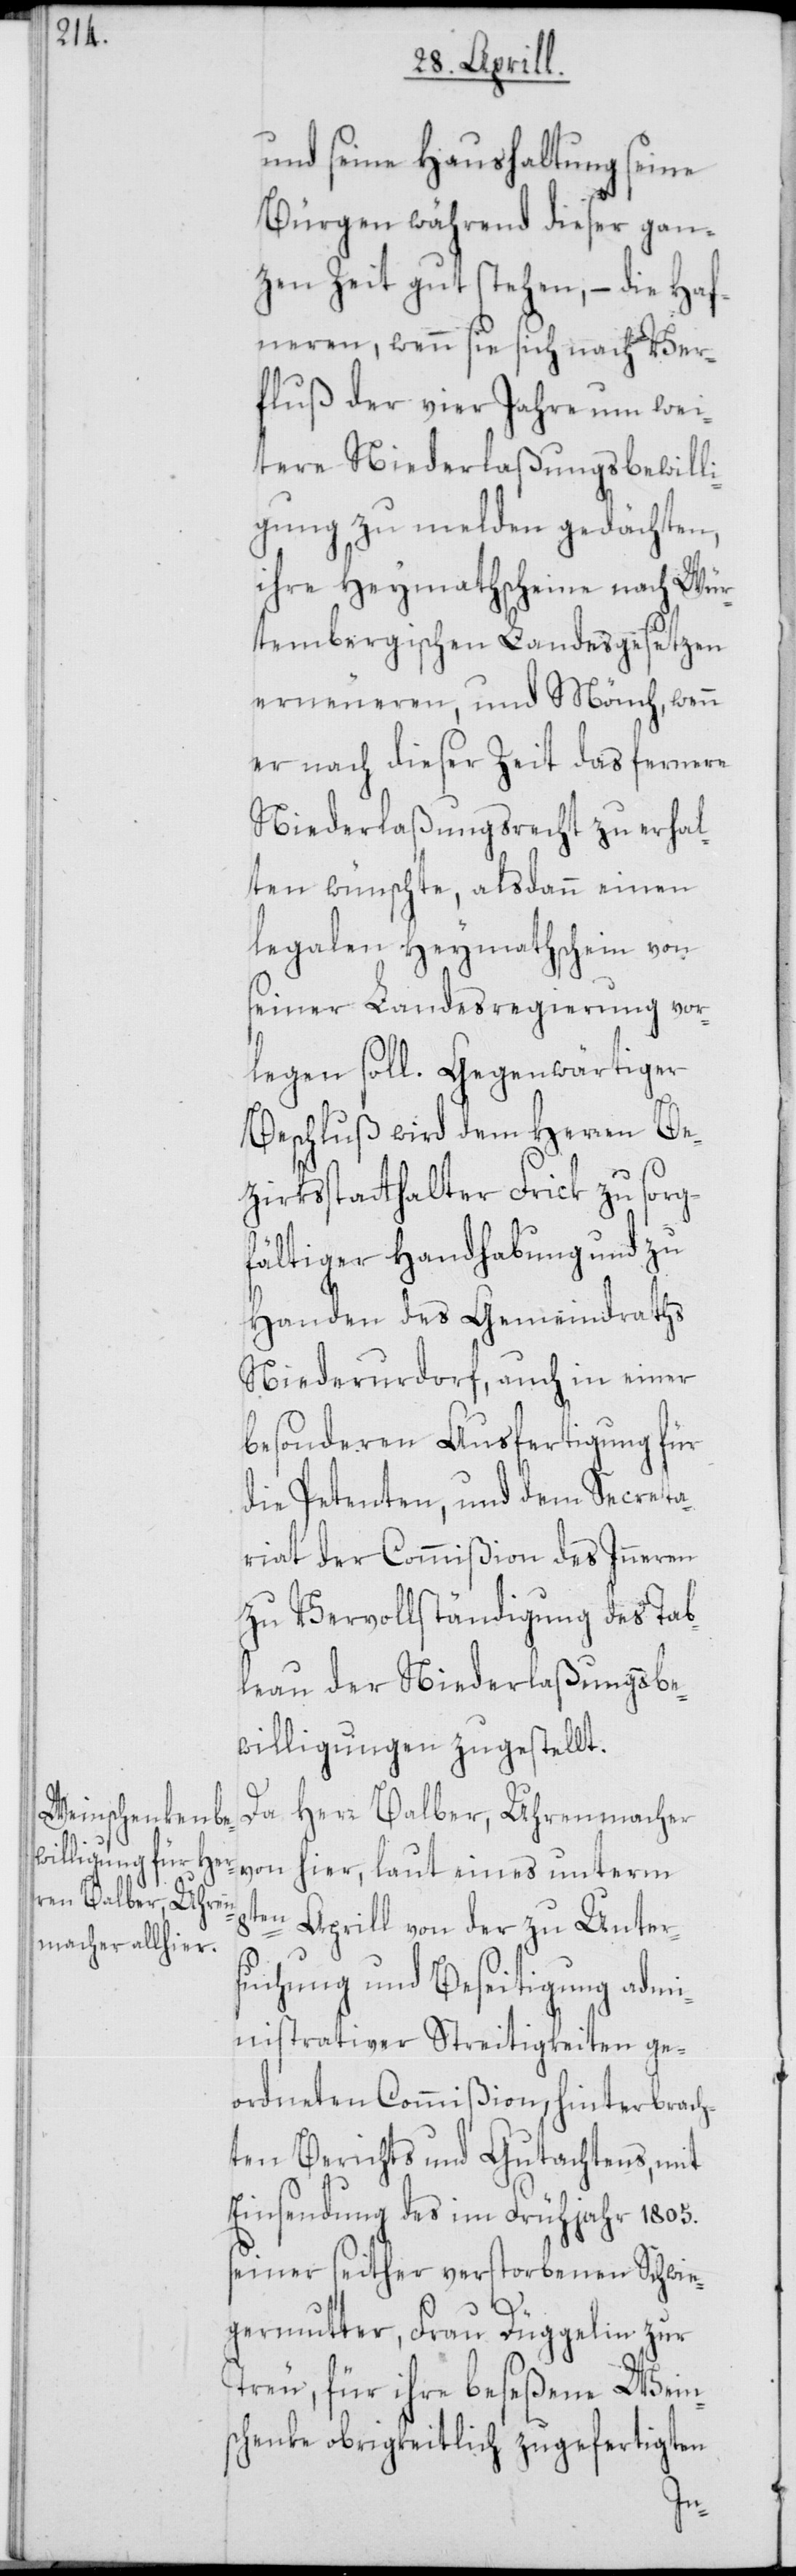
und seine Haushaltung seine
Bürgen während dieser gan¬
zen Zeit gut stehen, – die Haf¬
neren, wenn sie sich nach Ver¬
fluß der vier Jahre um wei¬
tere Niederlaßungsbewill¬
igung zu melden gedächten,
ihre Heymathscheine nach Wür¬
tembergischen Landesgesetzen
erneueren, und Mönch, wenn
er nach dieser Zeit das fernere
Niederlaßungsrecht zu erhal¬
ten wünschte, alsdann einen
legalen Heymathschein von
seiner Landesregierung vor¬
legen soll. Gegenwärtiger
Beschluß wird dem Herren Be¬
zirksstatthalter Frick zu sorg¬
fältiger Handhabung und zu
Handen des Gemeindraths
Niederurdorf, auch in einer
besonderen Ausfertigung für
die Petenten, und dem Secreta¬
riat der Commißion des Inneren
zu Vervollständigung des Tab¬
leau der Niederlaßungsbe¬
willigungen zugestellt.
Da Herr Balber, Uhrenmacher
von hier, laut eines unterm
8ten Aprill von der zu Unter¬
suchung und Beseitigung admi¬
nistrativer Streitigkeiten ge¬
ordneten Commißion, hinterbrach¬
ten Berichts und Gutachtens, mit
Einsendung des im Frühjahr 1805.
seiner seither verstorbenen Schwie¬
germutter, Frau Düggelin zur
Treu, für ihre beseßene Wein¬
schenke obrigkeitlich zugefertigten